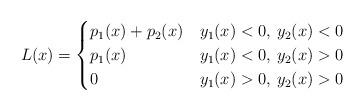
LaTeX: \begin{align*} L(x)=\begin{cases} p_1(x)+p_2(x) & y_1(x)<0, \: y_2(x) < 0 \\ p_1(x) & y_1(x)<0,\: y_2(x)>0 \\ 0 & y_1(x)>0,\: y_2(x)>0 \end{cases} \end{align*}